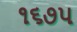
૧૬૭૫